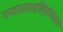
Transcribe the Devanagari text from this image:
नन्दाघ्रातशिरोमध्यः